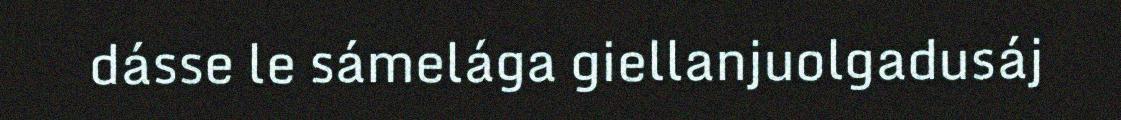
dásse le sámelága giellanjuolgadusáj